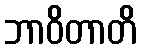
ဘာဝိတာတိ